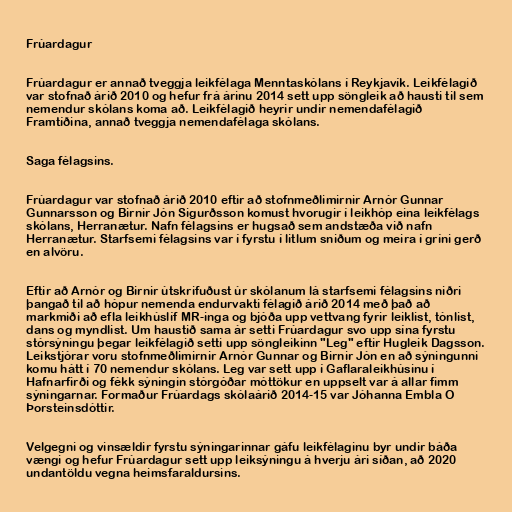
Frúardagur

Frúardagur er annað tveggja leikfélaga Menntaskólans í Reykjavík. Leikfélagið
var stofnað árið 2010 og hefur frá árinu 2014 sett upp söngleik að hausti til sem
nemendur skólans koma að. Leikfélagið heyrir undir nemendafélagið
Framtíðina, annað tveggja nemendafélaga skólans.

Saga félagsins.

Frúardagur var stofnað árið 2010 eftir að stofnmeðlimirnir Arnór Gunnar
Gunnarsson og Birnir Jón Sigurðsson komust hvorugir í leikhóp eina leikfélags
skólans, Herranætur. Nafn félagsins er hugsað sem andstæða við nafn
Herranætur. Starfsemi félagsins var í fyrstu í litlum sniðum og meira í gríni gerð
en alvöru.

Eftir að Arnór og Birnir útskrifuðust úr skólanum lá starfsemi félagsins niðri
þangað til að hópur nemenda endurvakti félagið árið 2014 með það að
markmiði að efla leikhúslíf MR-inga og bjóða upp vettvang fyrir leiklist, tónlist,
dans og myndlist. Um haustið sama ár setti Frúardagur svo upp sína fyrstu
stórsýningu þegar leikfélagið setti upp söngleikinn "Leg" eftir Hugleik Dagsson.
Leikstjórar voru stofnmeðlimirnir Arnór Gunnar og Birnir Jón en að sýningunni
komu hátt í 70 nemendur skólans. Leg var sett upp í Gaflaraleikhúsinu í
Hafnarfirði og fékk sýningin stórgóðar móttökur en uppselt var á allar fimm
sýningarnar. Formaður Frúardags skólaárið 2014-15 var Jóhanna Embla O
Þorsteinsdóttir.

Velgegni og vinsældir fyrstu sýningarinnar gáfu leikfélaginu byr undir báða
vængi og hefur Frúardagur sett upp leiksýningu á hverju ári síðan, að 2020
undantöldu vegna heimsfaraldursins.